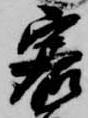
客